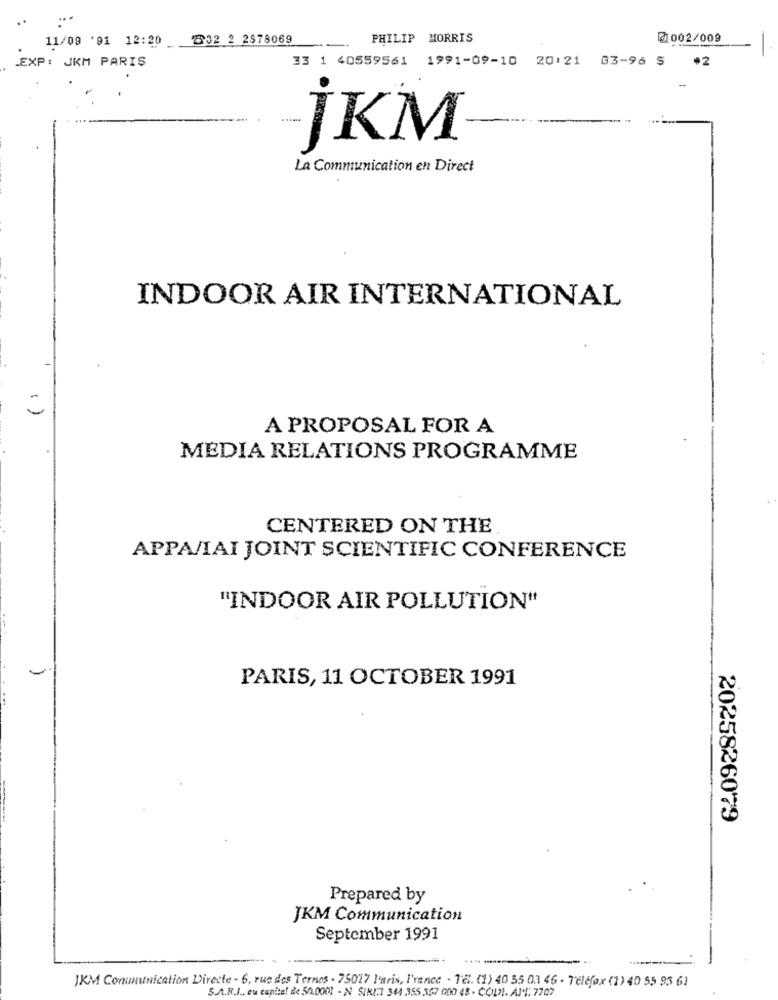
11/09 '91 12:20_
632 2 2578069
PHILIP MORRIS
@ 002/009
-
.EXP: JKM PARIŞ
33 1 40559561 1991-09-10 20:21 03-96 $
*2
jKM
La Communication en Direct
INDOOR AIR INTERNATIONAL
A PROPOSAL FOR A
MEDIA RELATIONS PROGRAMME
CENTERED ON THE
APPA/IAI JOINT SCIENTIFIC CONFERENCE
"INDOOR AIR POLLUTION"
PARIS, 11 OCTOBER 1991
2025826079
Prepared by
JKM Communication
September 1991
---
IKM Conununication Directe - 6, rue des Ternes - 75017 Paris, I'renee - 18. (1) 40 55 03 46 - Telefax (1) 40 55 93 61
S.A.R.I .. eu capite! de 50,0001 - N SIKIT 344 355 357 000 48 - COLL. AM: 7707